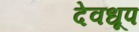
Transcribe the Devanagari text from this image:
देवधूप